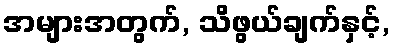
အများအတွက်, သိဖွယ်ချက်နှင့်,